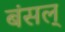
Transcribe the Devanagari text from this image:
बंसल्